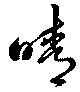
晴